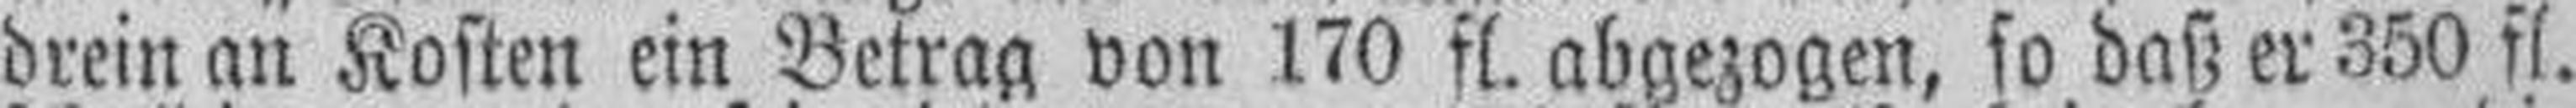
drein an Kosten ein Betrag von 170 fl. abgezogen, so daß er 350 fl.